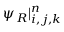
\psi _ { R } | _ { i , j , k } ^ { n }